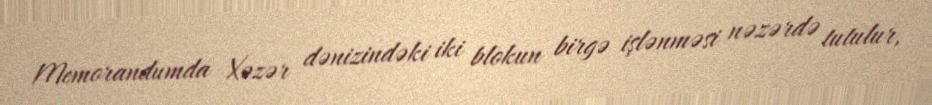
Memorandumda Xəzər dənizindəki iki blokun birgə işlənməsi nəzərdə tutulur,